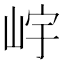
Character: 𡷎